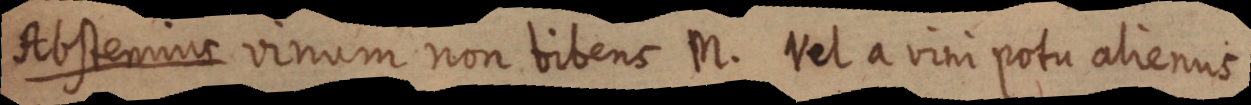
dibsterae vinum non vibenc U. Vel a vim potu alienus